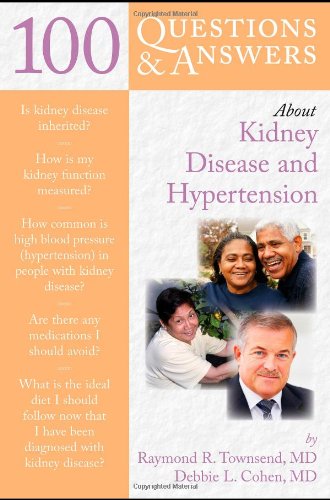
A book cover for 100 Questions  &  Answers About Kidney Disease And Hypertension; Raymond R. Townsend; Health, Fitness & Dieting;